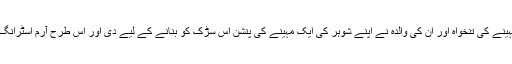
خود آرم اسٹرانگ نے اپنی پانچ مہینے کی تنخواہ اور ان کی والدہ نے اپنے شوہر کی ایک مہینے کی پنشن اس سڑک کو بنانے کے لیے دی اور اس طرح آرم اسٹرانگ نے چار لاکھ روپے جمع کیے ۔